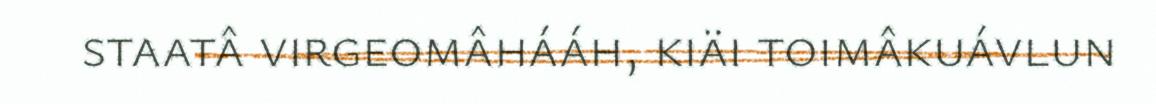
staatâ virgeomâhááh, kiäi toimâkuávlun